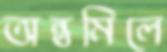
অন্তমিলে